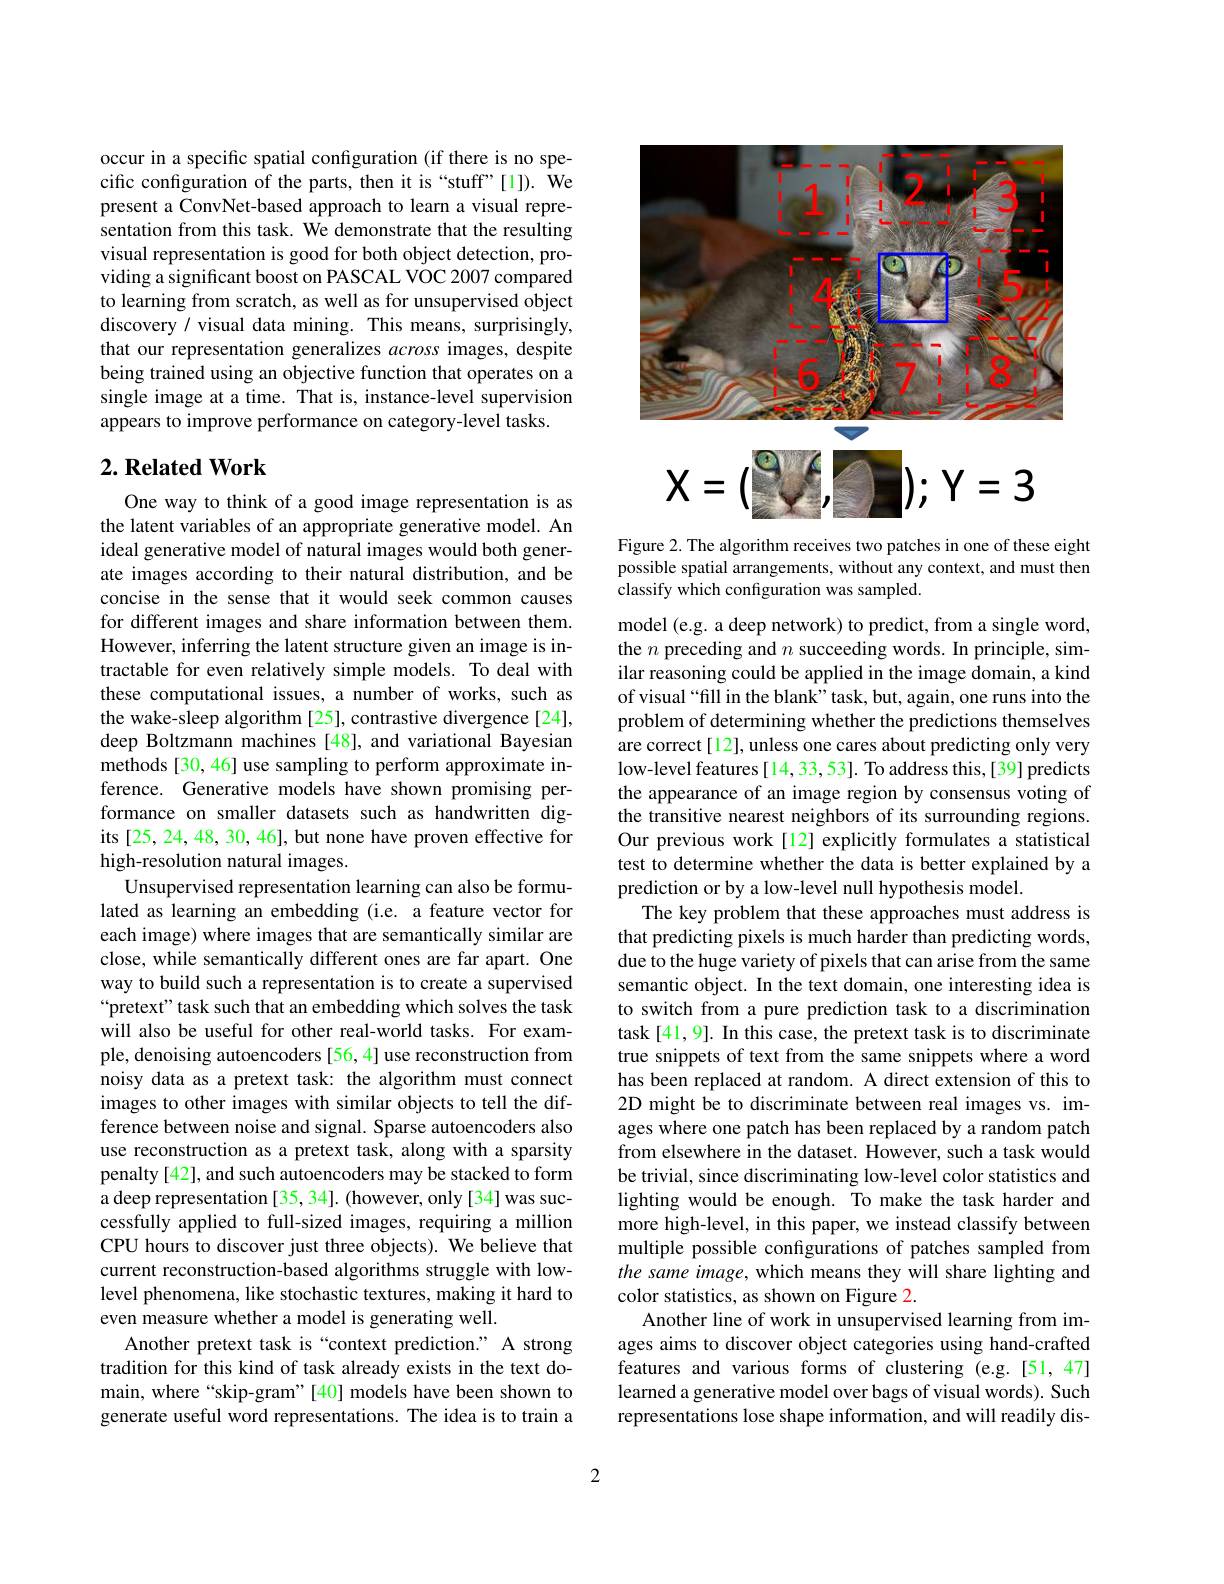
occur in a specific spatial configuration (if there is no specific configuration of the parts, then it is “stuff”[1]). We present a ConvNet-based approach to learn a visual representation from this task. We demonstrate that the resulting visual representation is good for both object detection, providing a significant boost on PASCAL VOC 2007 compared to learning from scratch, as well as for unsupervised object discovery / visual data mining. This means, surprisingly, that our representation generalizes across images, despite being trained using an objective function that operates on a single image at a time. That is, instance-level supervision appears to improve performance on category-level tasks.

## $2. \textbf{Related Work}$

One way to think of a good image representation is as the latent variables of an appropriate generative model. An ideal generative model of natural images would both generate images according to their natural distribution, and be concise in the sense that it would seek common causes for different images and share information between them. However, inferring the latent structure given an image is intractable for even relatively simple models. To deal with these computational issues, a number of works, such as the wake-sleep algorithm [25], contrastive divergence [24], deep Boltzmann machines [48], and variational Bayesian methods[30,46] use sampling to perform approximate inference. Generative models have shown promising performance on smaller datasets such as handwritten digits [25, 24, 48, 30, 46], but none have proven effective for high-resolution natural images.
Unsupervised representation learning can also be formulated as learning an embedding (i.e. a feature vector for each image) where images that are semantically similar are close, while semantically different ones are far apart. One way to build such a representation is to create a supervised “pretext" task such that an embedding which solves the task will also be useful for other real-world tasks. For example, denoising autoencoders [56,4] use reconstruction from noisy data as a pretext task: the algorithm must connect images to other images with similar objects to tell the difference between noise and signal. Sparse autoencoders also use reconstruction as a pretext task, along with a sparsity penalty [42], and such autoencoders may be stacked to form a deep representation [35, 34]. (however, only [34] was successfully applied to full-sized images, requiring a million CPU hours to discover just three objects). We believe that current reconstruction-based algorithms struggle with lowlevel phenomena, like stochastic textures, making it hard to even measure whether a model is generating well.
Another pretext task is“context prediction." A strong tradition for this kind of task already exists in the text domain, where“skip-gram”[40] models have been shown to generate useful word representations. The idea is to train a

<FigureHere>

Figure 2. The algorithm receives two patches in one of these eight possible spatial arrangements, without any context, and must then classify which configuration was sampled.

model (e.g. a deep network) to predict, from a single word, the $n$ preceding and $n$ succeeding words. In principle, similar reasoning could be applied in the image domain, a kind of visual“fill in the blank”task, but, again, one runs into the problem of determining whether the predictions themselves are correct[12], unless one cares about predicting only very low-level features [14,33,53]. To address this,[39] predicts the appearance of an image region by consensus voting of the transitive nearest neighbors of its surrounding regions. Our previous work [12] explicitly formulates a statistical test to determine whether the data is better explained by a prediction or by a low-level null hypothesis model.
The key problem that these approaches must address is that predicting pixels is much harder than predicting words, due to the huge variety of pixels that can arise from the same semantic object. In the text domain, one interesting idea is to switch from a pure prediction task to a discrimination task[41,9]. In this case, the pretext task is to discriminate true snippets of text from the same snippets where a word has been replaced at random. A direct extension of this to 2D might be to discriminate between real images vs. images where one patch has been replaced by a random patch from elsewhere in the dataset. However, such a task would be trivial, since discriminating low-level color statistics and lighting would be enough. To make the task harder and more high-level, in this paper, we instead classify between multiple possible confgurations of patches sampled from the same image, which means they will share lighting and color statistics, as shown on Figure 2.
Another line of work in unsupervised learning from images aims to discover object categories using hand-crafted features and various forms of clustering (e.g.[51,47] learned a generative model over bags of visual words). Such representations lose shape information, and will readily dis-

2